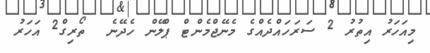
މިއަހަރު އިތުރު 2 ސަރަހައްދެއްގެ މެނޭޖްމެންޓް ޕްލޭން ހެދޭނެ  ތޯރިގް2 އަހަރު